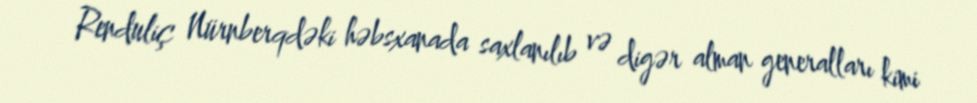
Renduliç Nürnberqdəki həbsxanada saxlanılıb və digər alman generalları kimi